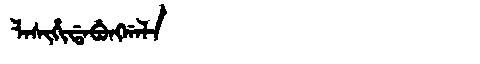
Manchu: ᠯᠠᠰᡳᡥᡳᡩᠠᠪᡠᠩᡤᠠᠯᠠ
Romanization: LASIHIDABUNGGALA